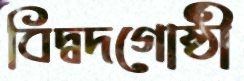
বিদ্বদগোষ্ঠী